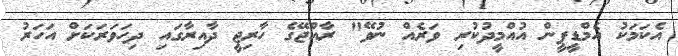
އެކަމަކު އެމްޑީޕީން އުއްމީދުކުރި ވަރެއް ނުވޭ" ރާއްޖޭގެ ހާރިޖީ ދާއިރާގައި ދިހަވަރަކަަށް އަހަރު